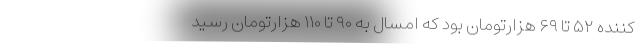
کننده ۵۲ تا ۶۹ هزارتومان بود که امسال به ۹۰ تا ۱۱۰ هزارتومان رسید